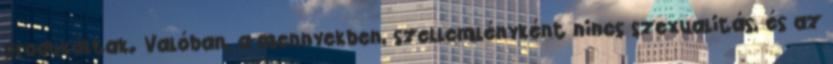
produkáltak. Valóban, a mennyekben, szellemlényként nincs szexualitás, és az